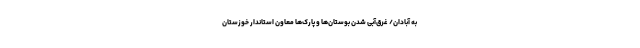
به آبادان/ غرقْ‌آبی شدن بوستان‌ها و پارک‌ها معاون استاندار خوزستان